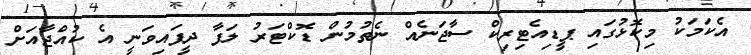
އެކަމަކު މިކޮޅުގައި ޕީޑިއެޓިރިކް ސާޖަނެއް ނެތުމުން ޑޮކްޓަރު ލަފާ ދީފައިވަނީ އެ ކުއްޖާއަށް